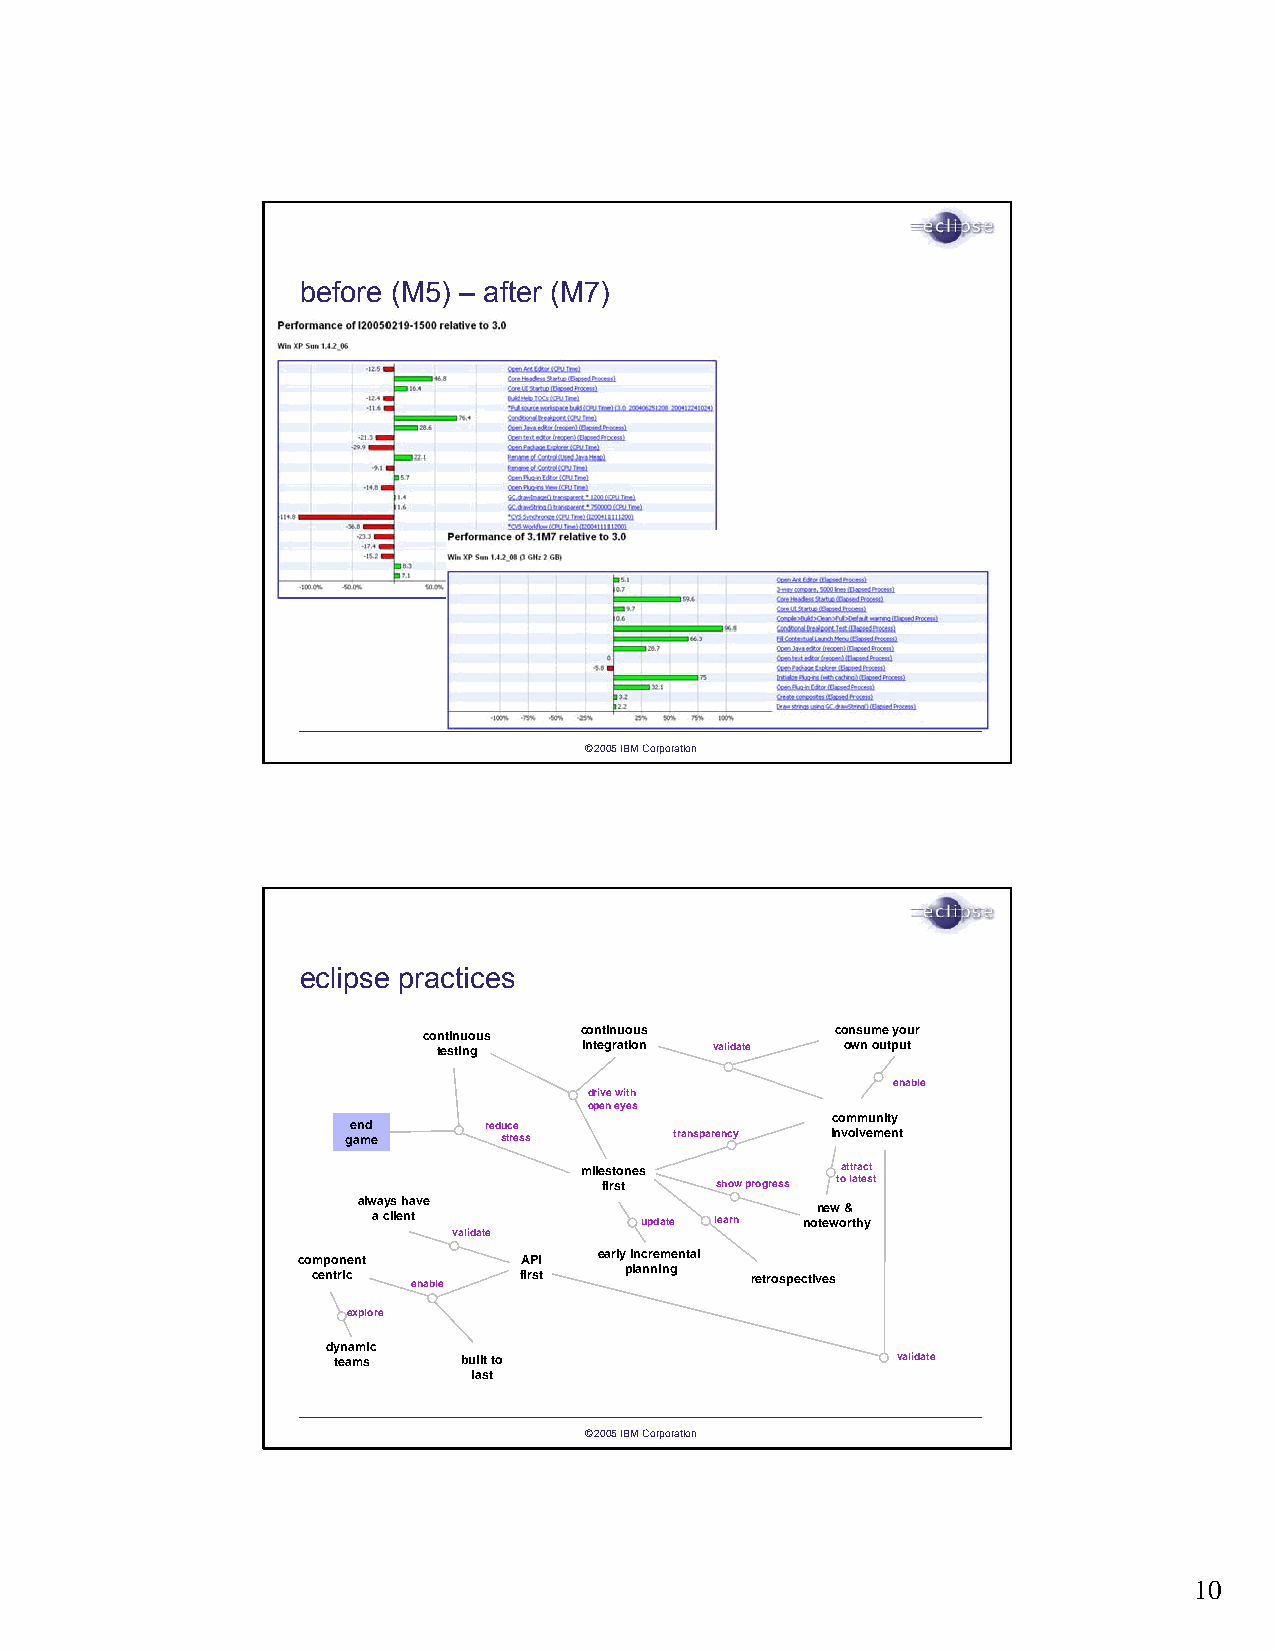
before (M5) – after (M7)
 ©2005 IBM Corporation
 eclipse practices
 continuous continuous      consume your
 testing   integration validate own output
 enable
 drive with
 open eyes
 community
 end      reduce
 game      stress      transparency involvement
 milestones        attract
 first  show progress to latest
 always have
 new &
 a client         update learn noteworthy
 validate
 component      API  early incremental
 centric enable first planning retrospectives
 explore
 dynamic
 teams    built to                    validate
 last
 ©2005 IBM Corporation
 10